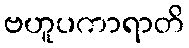
ဗဟူပကာရာတိ